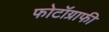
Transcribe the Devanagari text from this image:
फोटॉग्राफी